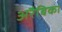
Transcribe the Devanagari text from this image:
अरैबिका